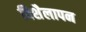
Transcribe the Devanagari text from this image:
विशैलापन